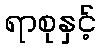
ရာစုနှင့်